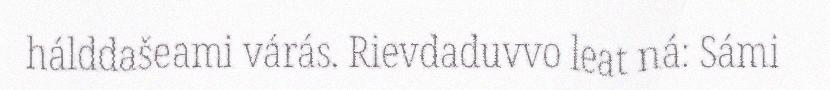
hálddašeami várás. Rievdaduvvo leat ná: Sámi